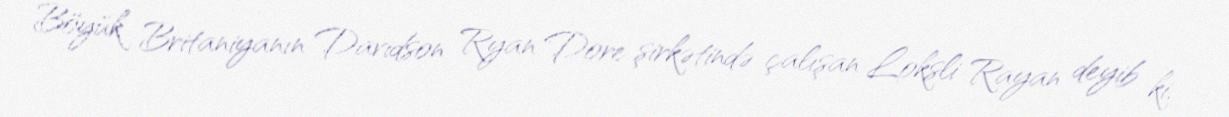
Böyük Britaniyanın Davidson Ryan Dore şirkətində çalışan Loksli Rayan deyib ki,